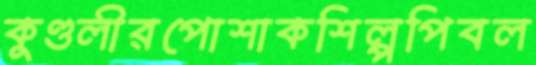
কুণ্ডলীরপোশাকশিল্পপিবল